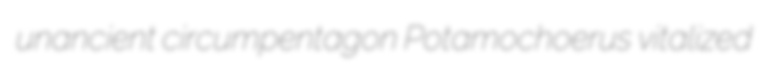
unancient circumpentagon Potamochoerus vitalized